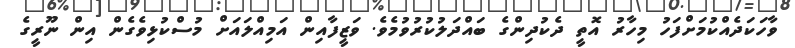
ވާހަކަދެއްކުމަށްފަހު މިހާރު އޮތީ ދެކުދިންގެ ބައްދަލުކުރުވުމެވެ. ވަޒީފާއިން އަމިއްލައަށް މުސްކުޅިވެގެން އިން ނޫރީގެ